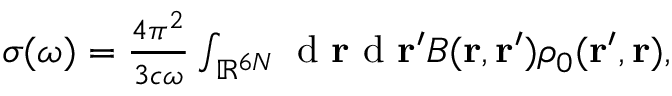
\begin{array} { r } { \sigma ( \omega ) = \frac { 4 \pi ^ { 2 } } { 3 c \omega } \int _ { \mathbb { R } ^ { 6 N } } \ensuremath { \mathrm { ~ d ~ } } \ensuremath { \mathbf { r } } \ensuremath { \mathrm { ~ d ~ } } \ensuremath { \mathbf { r } } ^ { \prime } B ( \ensuremath { \mathbf { r } } , \ensuremath { \mathbf { r } } ^ { \prime } ) \rho _ { 0 } ( \ensuremath { \mathbf { r } } ^ { \prime } , \ensuremath { \mathbf { r } } ) , } \end{array}